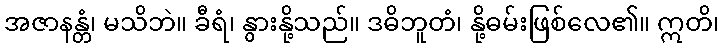
အဇာနန္တံ၊ မသိဘဲ။ ခီရံ၊ နွားနို့သည်။ ဒဓိဘူတံ၊ နို့ဓမ်းဖြစ်လေ၏။ ဣတိ၊